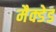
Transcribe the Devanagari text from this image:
मैक्डेड